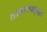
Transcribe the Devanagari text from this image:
राजकारणातूनही